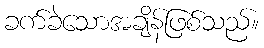
ခက်ခဲသောအချိန်ဖြစ်သည်။